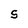
Character: S